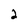
Character: 2